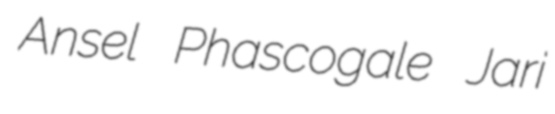
Ansel Phascogale Jari